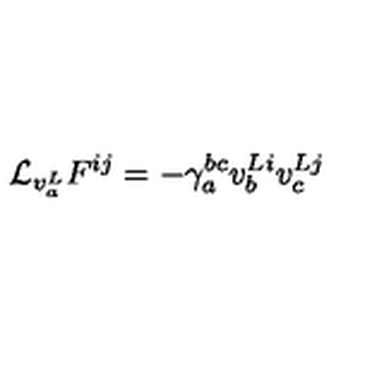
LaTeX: { \mathcal L } _ { v _ { a } ^ { L } } F ^ { i j } = - \gamma _ { a } ^ { b c } v _ { b } ^ { L i } v _ { c } ^ { L j }